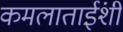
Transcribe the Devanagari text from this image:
कमलाताईंशी